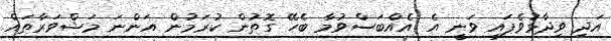
އަދި ވިދާޅުވެފައި ވަނީ އެ އެއްބަސްވުމާ ބެހޭ ގޮތުން ކުރަމުން އަންނަ މަޝްވަރާތައް